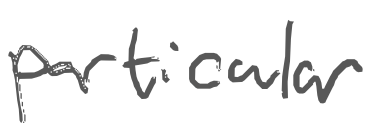
Text: particular
Cross-out: clean
Writing tool: digital_gray